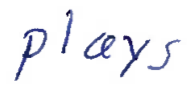
Text: plays
Cross-out: clean
Writing tool: ballpoint